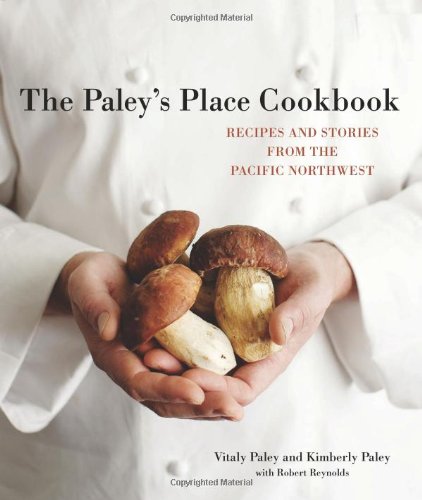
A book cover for The Paley's Place Cookbook: Recipes and Stories from the Pacific Northwest; Vitaly Paley; Cookbooks, Food & Wine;